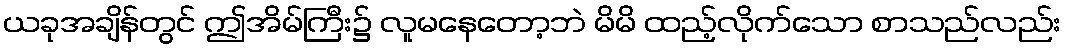
ယခုအချိန်တွင် ဤအိမ်ကြီး၌ လူမနေတော့ဘဲ မိမိ ထည့်လိုက်သော စာသည်လည်း